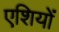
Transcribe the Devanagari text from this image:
एशियों